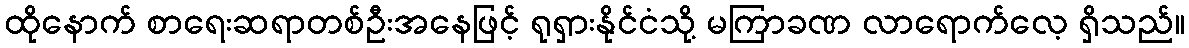
ထိုနောက် စာရေးဆရာတစ်ဦးအနေဖြင့် ရုရှားနိုင်ငံသို့ မကြာခဏ လာရောက်လေ့ ရှိသည်။